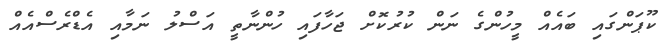
ކޫޕަންގައި ބައެއް މީހުންގެ ނަން ކުރުކޮށް ޖަހާފައި ހުންނާތީ އަސްލު ނަމާއި އެޑްރެސްއެއް